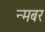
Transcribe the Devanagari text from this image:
न्मबर